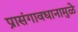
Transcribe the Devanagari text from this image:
प्रासंगावधानामुळे